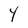
Character: Y